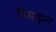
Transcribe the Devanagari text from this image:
विचकून